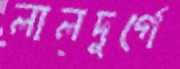
লালদুর্গে